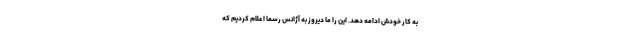
به کار خودش ادامه دهد. این را ما دیروز به آژانس رسما اعلام کردیم که